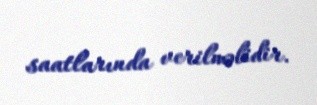
saatlarında verilməlidir.